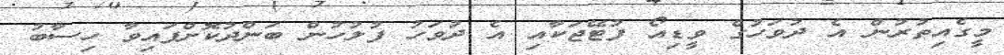
މީގެއިތުރުން އެ ދުވަހުގެ ވީޑިއޯ ފުޓޭޖަކާއި އެ ދުވަހު ފުލުހުން ބަންދުކޮށްފައިވާ ހިސާބު